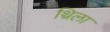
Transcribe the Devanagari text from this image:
थ्रिला